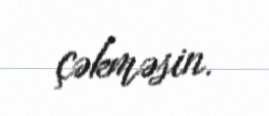
çəkməsin.